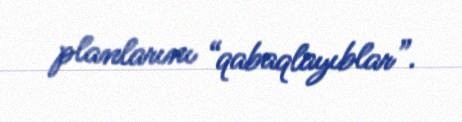
planlarını “qabaqlayıblar”.